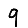
Digit: 9